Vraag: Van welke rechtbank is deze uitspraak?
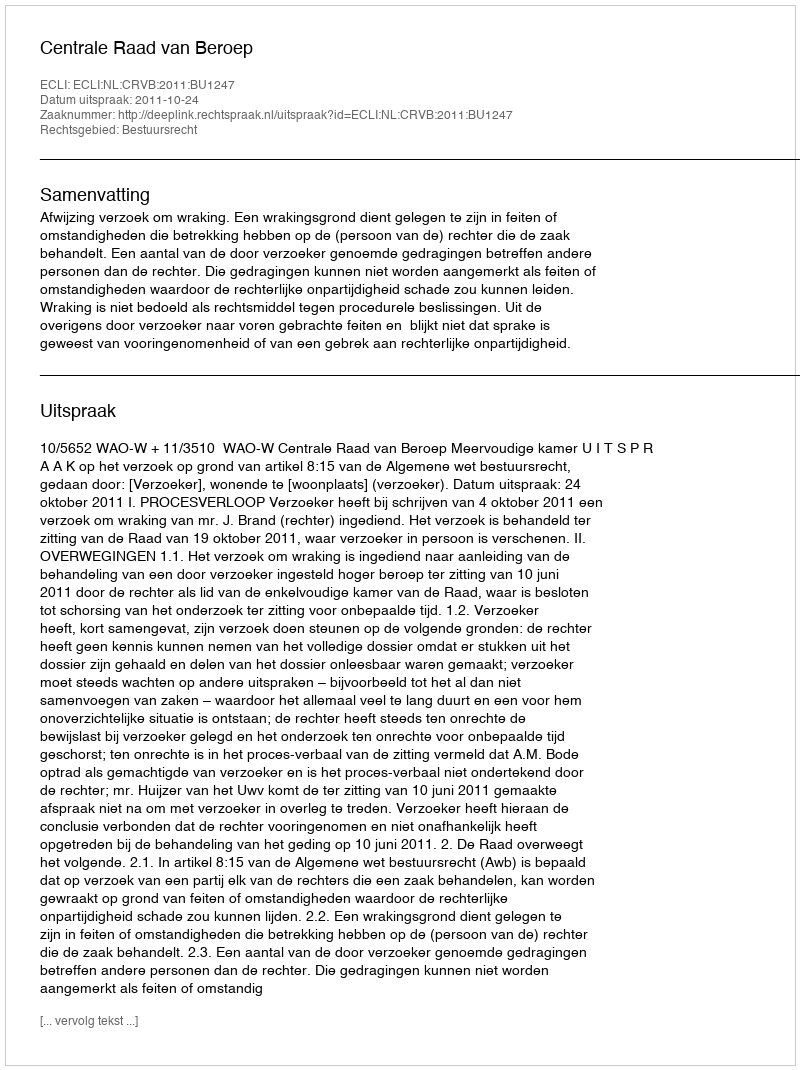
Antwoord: Centrale Raad van Beroep